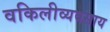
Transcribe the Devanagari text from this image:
वकिलीव्यवसाय